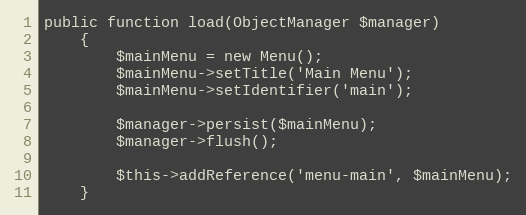
Language: PHP
public function load(ObjectManager $manager)
    {
        $mainMenu = new Menu();
        $mainMenu->setTitle('Main Menu');
        $mainMenu->setIdentifier('main');

        $manager->persist($mainMenu);
        $manager->flush();

        $this->addReference('menu-main', $mainMenu);
    }